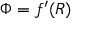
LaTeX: \Phi = f ^ { \prime } ( R )